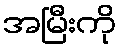
အမြီးကို